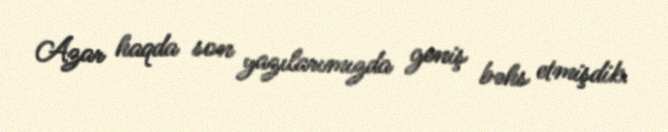
Azar haqda son yazılarımızda geniş bəhs etmişdik.